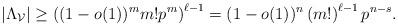
LaTeX: \begin{align*} |{\Lambda }_{\cal V}| \geq \left((1-o(1))^{m} m!p^{m}\right)^{\ell - 1}= (1-o(1))^{n}\left(m!\right)^{\ell -1} p^{n-s}. \end{align*}